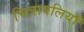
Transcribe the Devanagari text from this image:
चित्रावलियाँ